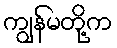
ကျွန်မတို့က